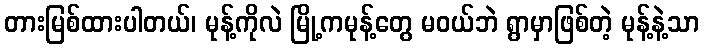
တားမြစ်ထားပါတယ်၊ မုန့်ကိုလဲ မြို့ကမုန့်တွေ မဝယ်ဘဲ ရွာမှာဖြစ်တဲ့ မုန့်နဲ့သာ